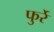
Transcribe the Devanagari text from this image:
फुर्रे